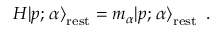
H | p ; \left. \alpha \right\rangle _ { \mathrm { r e s t } } = m _ { \alpha } | p ; \left. \alpha \right\rangle _ { \mathrm { r e s t } } ~ .